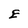
Character: E